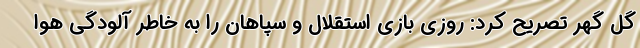
گل گهر تصریح کرد: روزی بازی استقلال و سپاهان را به خاطر آلودگی هوا